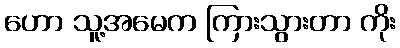
ဟော သူ့အမေက ကြားသွားတာ ကိုး